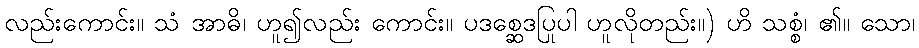
လည်းကောင်း။ သံ အာဓိ၊ ဟူ၍လည်း ကောင်း။ ပဒစ္ဆေဒပြုပါ ဟူလိုတည်း။) ဟိ သစ္စံ၊ ၏။ သော၊